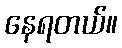
နေရတယ်။